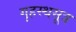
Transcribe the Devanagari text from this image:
गृहस्थसूत्र